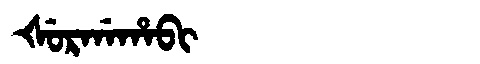
Manchu: ᡧᡠᡵᡤᠠᡥᠠᠪᡳ
Romanization: ŠURGAHABI